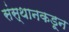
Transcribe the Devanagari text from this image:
संस्थानकडून